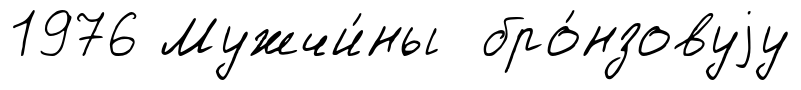
1976 Мужчи́ны бро́нзовуjу